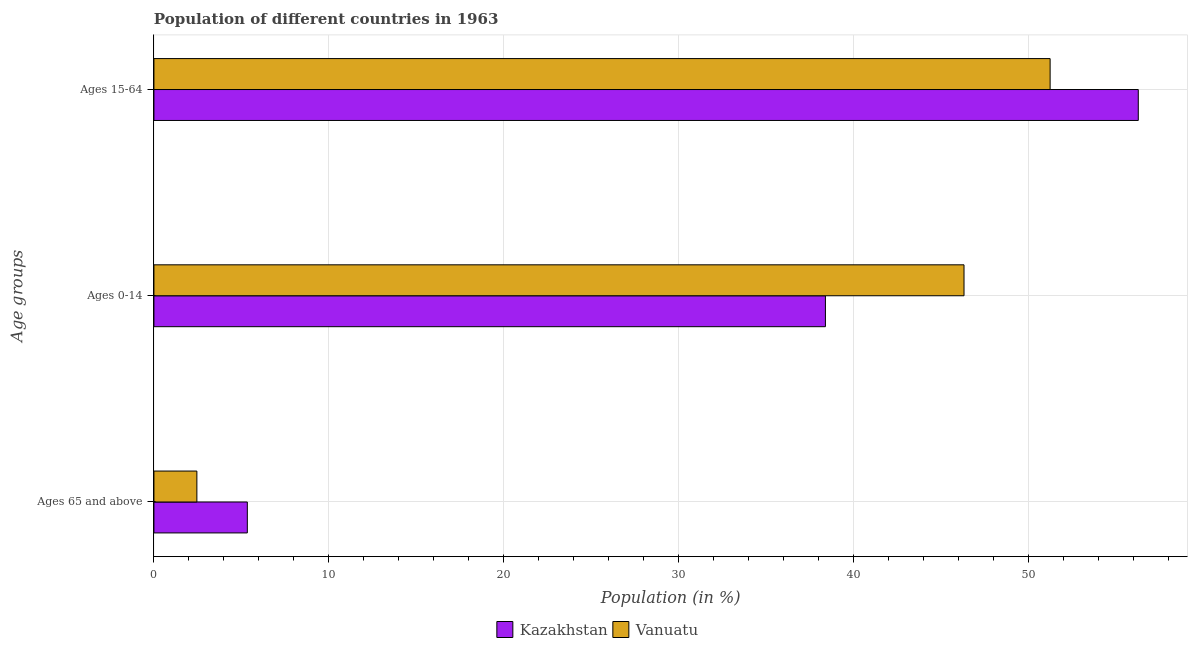
| Age groups | Kazakhstan | Vanuatu |
 | --- | --- | --- |
 | Ages 65 and above | 5.34 | 2.46 |
 | Ages 0-14 | 38.4 | 46.3 |
 | Ages 15-64 | 56.3 | 51.2 |